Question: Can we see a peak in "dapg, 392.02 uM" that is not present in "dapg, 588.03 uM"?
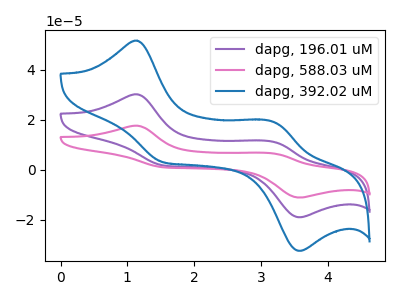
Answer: <think>The purple curve "dapg, 196.01 uM" has anodic peaks at (1.15V, 30.20uA) (3.20V, 11.10uA) and cathodic peaks at (1.55V, 1.80uA) (3.60V, -18.90uA). The pink curve "dapg, 588.03 uM" has anodic peaks at (1.15V, 60.40uA) (3.20V, 22.15uA) and cathodic peaks at (1.55V, 3.65uA) (3.60V, -37.80uA). The blue curve "dapg, 392.02 uM" has anodic peaks at (1.15V, 51.65uA) (3.20V, 18.95uA) and cathodic peaks at (1.55V, 3.10uA) (3.60V, -32.35uA).
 All the peaks in "dapg, 392.02 uM" have a peak in "dapg, 588.03 uM" at the same potential.</think>
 <answer>No, "dapg, 392.02 uM" and "dapg, 588.03 uM" don't appear to be significantly different in shape</answer>
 <eval>no_change</eval>